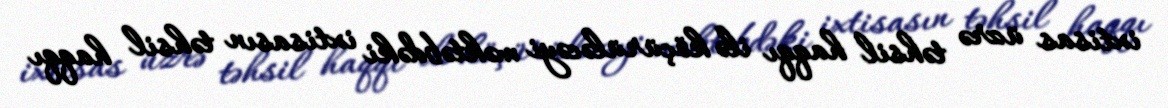
ixtisas üzrə təhsil haqqı ilə köçürüləcəyi məktəbdəki ixtisasın təhsil haqqı